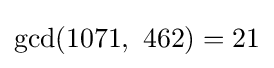
{\text{gcd}}(1071,\ 462)=21